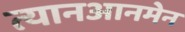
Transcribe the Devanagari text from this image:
त्यानआनमेन